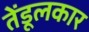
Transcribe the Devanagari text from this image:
तेंडूलकार